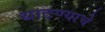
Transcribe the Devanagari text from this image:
थाटण्याचे